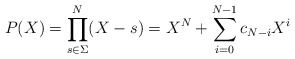
\begin{align*}P(X) = \prod_{s\in \Sigma}^N (X-s) = X^N + \sum_{i=0}^{N-1} c_{N-i} X^i\end{align*}